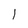
Character: l